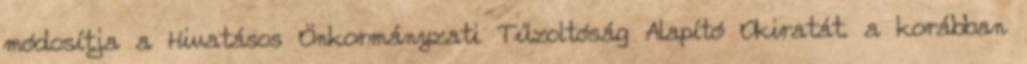
módosítja a Hivatásos Önkormányzati Tűzoltóság Alapító Okiratát. a korábban